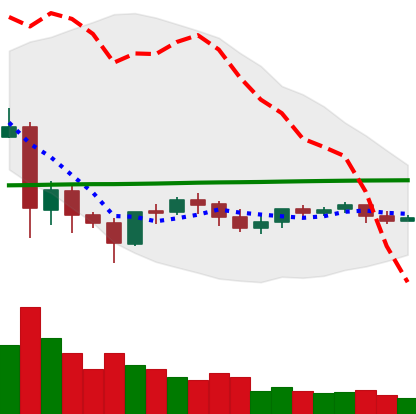
Ticker: LTC-USD
Chart end date: 2021-06-06
Forward return: -7.789%
Label: down_7plus